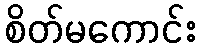
စိတ်မကောင်း